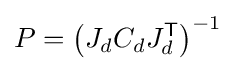
P=\left(J_{d}C_{d}J_{d}^{\mathsf {T}}\right)^{-1}